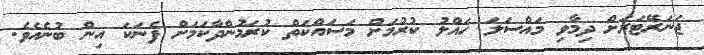
ޖަނަރޭޓަރަށް ދިމާވި މައްސަލަ ހައްލު ކުރުމަށް މަސައްކަތް ކުރަމުންދާކަމަށް ފެނަކަ އިން ބުނެއެވެ.